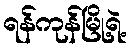
ရန်ကုန်မြို့ရဲ့